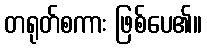
တရုတ်စကား ဖြစ်ပေ၏။